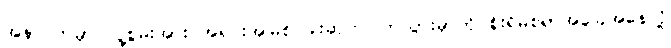
အနာဂတ်မှာ လူ့စွမ်းအား အရင်းအမြစ် ခါးဆက်ပြတ်သွားမှာကို စိုးရိမ်စရာအခြေအနေလို့